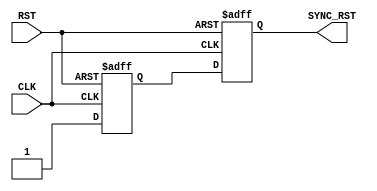
module RST_SYNC(
				input wire CLK,
				input wire RST,
				output reg SYNC_RST
				);
reg internal;
always @(posedge CLK or negedge RST) begin 
	if(~RST) begin
		SYNC_RST <= 0;
		internal <= 1'b0;
	end else begin
		{SYNC_RST,internal} <= {internal , 1'b1};
	end
end

endmodule